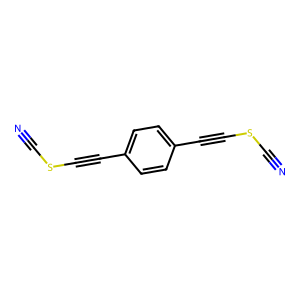
SMILES: N#CSC#Cc1ccc(C#CSC#N)cc1
Inhibits HIV replication: No